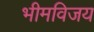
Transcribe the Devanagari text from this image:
भीमविजय